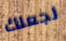
لجعلك